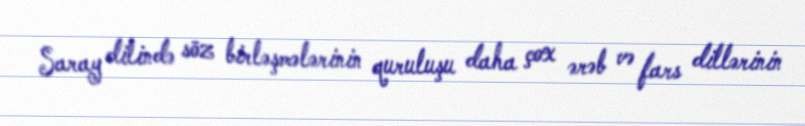
Saray dilində söz birləşmələrinin quruluşu daha çox ərəb və fars dillərinin